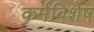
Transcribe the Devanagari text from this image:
कर्मविशेष